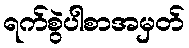
ရက်စွဲပါစာအမှတ်